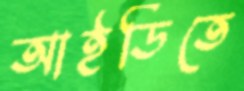
আইডিতে